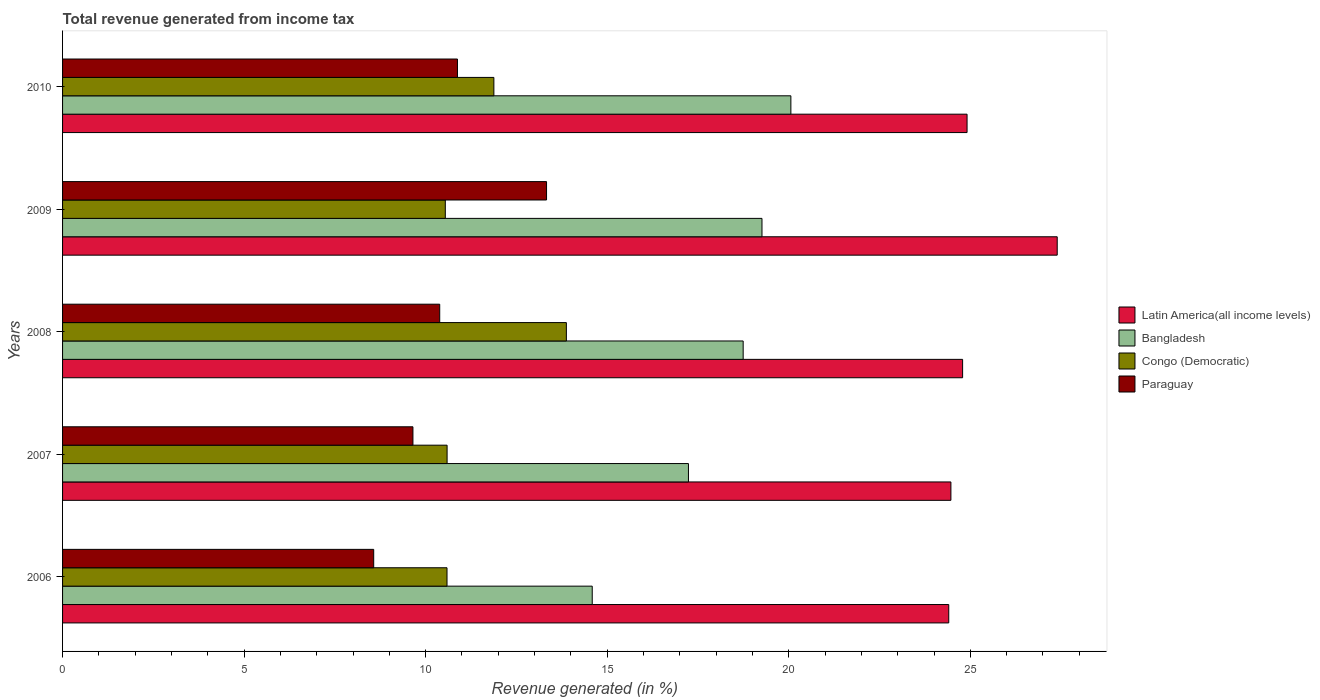
| Years | Latin America(all income levels) | Bangladesh | Congo (Democratic) | Paraguay |
 | --- | --- | --- | --- | --- |
 | 2006 | 24.4 | 14.6 | 10.6 | 8.57 |
 | 2007 | 24.5 | 17.2 | 10.6 | 9.65 |
 | 2008 | 24.8 | 18.7 | 13.9 | 10.4 |
 | 2009 | 27.4 | 19.3 | 10.5 | 13.3 |
 | 2010 | 24.9 | 20.1 | 11.9 | 10.9 |